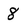
Character: 8